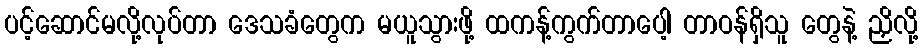
ပင့်ဆောင်မလို့လုပ်တာ ဒေသခံတွေက မယူသွားဖို့ ထကန့်ကွက်တာပေါ့ တာဝန်ရှိသူ တွေနဲ့ ညှိလို့